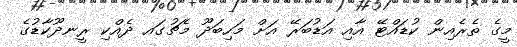
މީގެ ތެރެއިން ކުޑައްޓޭ އާއި އަޑުބަރޭ އަށް މަހިބަދޫ މެޗުގައ ދެއްކި ރީނދޫކާޑުގެ